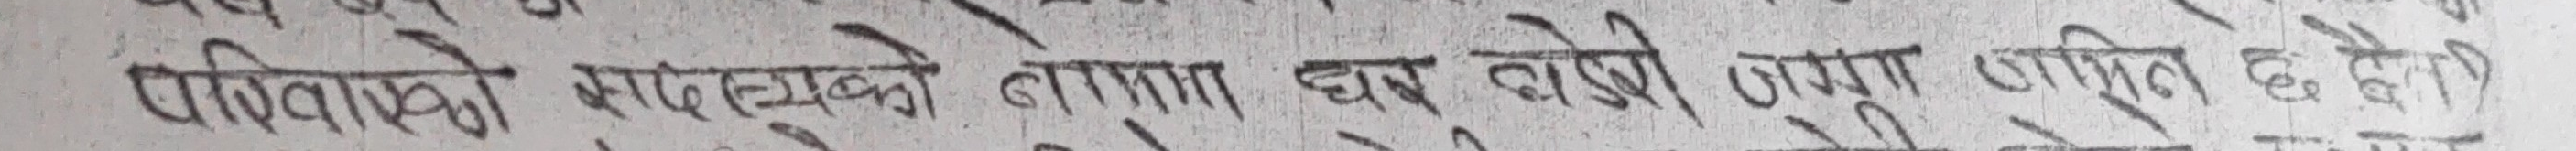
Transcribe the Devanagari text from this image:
परिवास्को भविष्यको लागत घर वनेको लागा चांरित छ देनौ